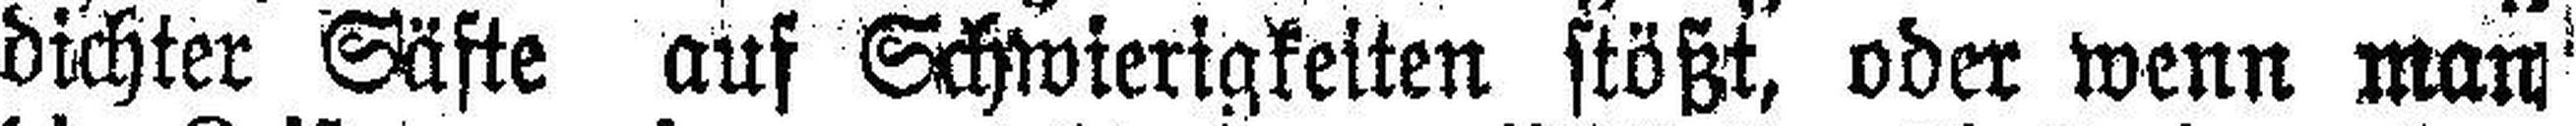
dichter Säfte auf Schwierigkeiten stößt, oder wenn man